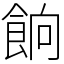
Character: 餉